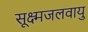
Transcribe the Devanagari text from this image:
सूक्ष्मजलवायु